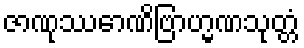
ဇာဏုဿောဏိဗြာဟ္မဏသုတ္တံ